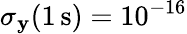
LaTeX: \sigma_{\mathbf{y}}(1\, \mathrm{{s}})=10^{-16}